Annual statistical returns and brief notes on vaccination in Bengal - 1896-1909
Year: 1896
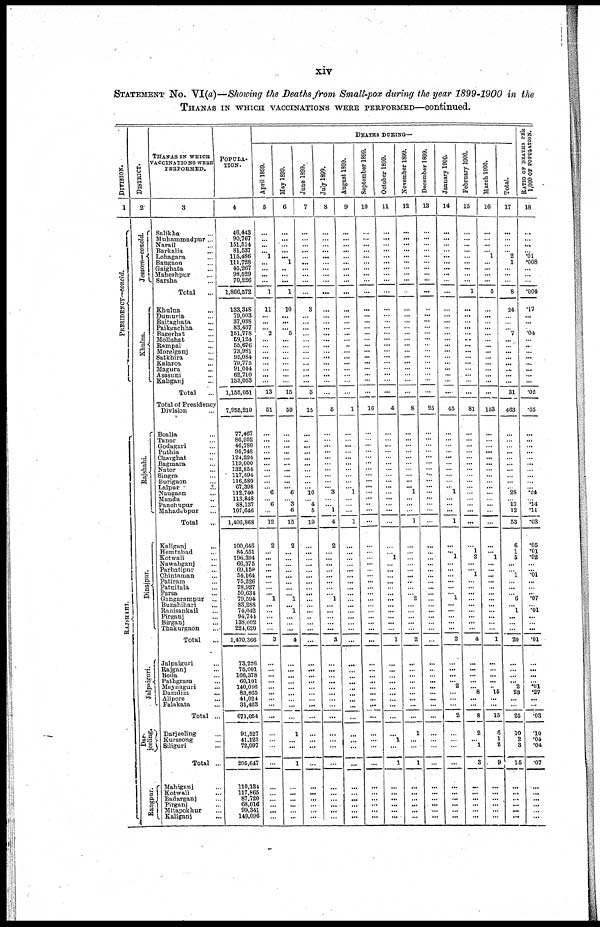
xiv
STATEMENT No. VI(a)—Showing the Deaths from Small-pox during the year 1899-1900 in the
THANAS IN WHICH VACCINATIONS WERE PERFORMED—continued.
DIVISION.
1
PRESIDENCY—concld.
RAJSHAHI.
DISTRICT.
2
Jeesore—concld.
Khulna.
Rajshahi.
Dinajpur.
Jalpaiguri.
Dar¬
jeeling.
Rangpur.
THANAS IN WHICH
VACCINATIONS WERE
PERFORMED.
3
Salikha ...
Muhammadpur...
Narail ...
Barkalia
...
Lohagara ...
Bangaon ...
Gaighata ...
Maheshpur ...
Sarsha ...
Total
...
Khulna ...
Dumuria ...
Baitaghata ...
Paikgachha ...
Bagerhat ...
Mollahat ...
Rampal ...
Morelganj ...
Satkhira ...
Kalaroa
...
Magura ...
Asasuni ...
Kaliganj ...
Total ...
Total of Presidency
Division ...
Boalia ...
Tanor ...
Godagari ...
Puthia ...
Charghat ...
Bagmara ...
Nator
...
Singra ...
Burigaon ...
Lalpur
...
Naugaon ...
Manda ...
Panchupur ...
Mahadebpur ...
Total ...
Kaliganj
...
Hemtabad ...
Kotwali ...
Nawabganj ...
Parbatipur ...
Chintaman ...
Patiram ...
Patnitala ...
Parsa ...
Gangarampur ...
Bunshihari ...
Ranisankail ...
Pirganj ...
Birganj ...
Thakurgaon ...
Total ...
Jalpaiguri ...
Rajganj ...
Boda ...
Pathgram ...
Maynaguri ...
Damdim ...
Alipore ...
Falakata ...
Total ...
Darjeeling ...
Kurseong ...
Siliguri ...
Total ...
Mahiganj ...
Kotwali ...
Badarganj ...
Pirganj ...
Mitapokhur ...
Kaliganj ...
POPULA-
TION.
4
46,443
90,767
151,514
81,537
115,486
111,728
45,267
98,529
70,226
1,866,572
133,348
79,003
37,038
83,437
151,778
59,124
55,676
73,981
95,084
79,775
91,044
62,710
153,053
1,155,051
7,955,219
77,467
86,952
46,780
95,748
124,224
119,000
132,854
117,494
116,580
67,398
112,740
113,848
88,137
107,646
1,406,868
100,646
84,551
196,394
66,375
69,159
54,164
75,226
78,927
50,634
79,594
83,288
74,042
94,744
138,002
224,620
1,470,366
73,226
75,001
166,378
60,101
140,036
83,865
41,024
31,423
671,054
91,527
41,123
72,997
205,647
110,134
117,865
87,720
68,016
99,341
149,096
DEATHS DURING—
April 1899.
5
...
...
...
... 1
...
...
...
...
1
11
...
...
...
2
...
...
...
...
...
...
...
...
13
51
...
...
...
...
...
...
...
...
...
... 6
... 6
...
12
2
...
...
...
...
...
...
...
... 1
...
...
...
...
...
3
...
...
...
...
...
...
...
...
...
...
...
...
...
...
...
...
...
...
...
May 1899.
6
...
...
...
...
... 1
...
...
...
1
10
...
...
... 5
...
...
...
...
...
...
...
...
15
59
...
...
...
...
...
...
...
...
...
... 6
...
3
6
15
2
...
...
...
...
...
...
...
...
1
...
1
...
...
...
4
...
...
...
...
...
...
...
...
...
1
...
...
1
...
...
...
...
...
...
June 1899.
7
...
...
...
...
...
...
...
...
...
...
3
...
...
...
...
...
...
...
...
...
...
...
...
3
15
...
...
...
...
...
...
...
...
...
... 10
...
4
5
19
...
...
...
...
...
...
...
...
...
...
...
...
...
...
...
...
...
...
...
...
...
...
...
...
...
...
...
...
...
...
...
...
...
...
...
July 1899.
8
...
...
...
...
...
...
...
...
...
...
...
...
...
...
...
...
...
...
...
...
...
...
...
...
5
...
...
...
...
...
...
...
...
...
... 3
...
... 1
4
2
...
...
...
...
...
...
...
...
1
...
...
...
...
...
3
...
...
...
...
...
...
...
...
...
...
...
...
...
...
...
...
...
...
...
August 1899.
9
...
...
...
... ...
...
...
...
...
...
...
...
...
...
...
...
...
...
...
...
...
...
...
...
1
...
...
...
...
...
...
...
...
...
... 1
...
...
...
1
...
...
...
...
...
...
...
...
...
...
...
...
...
...
...
...
...
...
...
...
...
...
...
...
...
...
...
...
...
...
...
...
...
...
...
September 1899.
10
...
...
...
...
...
...
...
...
...
...
...
...
...
...
...
...
...
...
...
...
...
...
...
...
16
...
...
...
...
...
...
...
...
...
...
...
...
...
...
...
...
...
...
...
...
...
...
...
...
...
...
...
...
...
...
...
...
...
...
...
...
...
...
...
...
...
...
...
...
...
...
...
...
...
...
October 1899.
11
...
...
...
...
...
...
...
...
...
...
...
...
...
...
...
...
...
...
...
...
...
...
...
...
4
...
...
...
...
...
...
...
...
...
...
...
...
...
...
...
...
...
1
...
...
...
...
...
...
...
...
...
...
...
...
1
...
...
...
...
...
...
...
...
...
...
1
...
1
...
...
...
...
...
...
November 1899.
12
...
...
...
...
...
...
...
...
...
...
...
...
...
...
...
...
...
...
...
...
...
...
...
...
8
...
...
...
...
...
...
...
...
...
... 1
...
...
...
1
...
...
...
...
...
... ...
...
...
2
...
...
...
...
...
2
...
...
...
...
...
...
...
...
...
1
...
...
1
...
...
... ...
...
...
December 1899.
13
...
...
...
...
...
...
...
...
...
...
...
...
...
...
...
...
...
...
...
...
...
...
...
...
25
...
...
...
...
...
...
...
...
...
...
...
...
...
...
...
...
...
...
...
...
...
...
...
...
...
...
...
...
...
...
...
...
...
...
...
...
...
...
...
...
...
...
...
...
...
...
...
...
...
...
January 1900.
14
...
...
...
...
...
...
...
...
...
...
...
...
...
...
...
...
...
...
...
...
...
...
...
...
45
...
...
...
...
...
...
...
...
...
.. 1
...
...
...
1
...
... 1
...
...
...
...
...
... 1
...
...
...
...
...
2
...
...
...
...
2
...
...
...
2
...
...
...
...
...
...
...
...
...
...
February 1900.
15
...
...
...
...
...
...
...
...
...
1
...
...
...
...
...
...
...
...
...
...
...
...
...
...
81
...
...
...
...
...
...
...
...
...
...
...
...
...
...
...
...
1
2
...
... 1
...
...
...
...
...
...
...
...
...
4
...
...
...
...
... 8
...
...
8
2
... 1
3
...
...
...
...
...
...
March 1900.
16
...
...
...
... 1
...
...
...
...
5
...
...
...
...
...
...
...
...
...
...
... ...
...
...
153
...
...
...
...
...
...
...
...
...
...
...
...
...
...
...
...
... 1
...
...
...
...
...
...
...
...
...
...
...
...
1
...
...
...
...
...
15
...
...
15
6
1
2
9
...
...
...
...
...
...
Total.
17
...
...
...
...
2
1
...
...
...
8
24
...
...
...
7
...
...
...
...
...
...
...
...
31
463
...
...
...
...
...
... ...
...
...
...
28
...
13
12
53
6
1
5
...
...
1
...
...
...
6
...
1
...
...
...
20
...
...
...
... 2
23
...
...
25
10
2
3
15
...
...
...
...
...
...
RATIO OF DEATHS PER
1,000 OF POPULATION.
18
...
...
...
...
.01
.008
...
...
...
.004
.17
...
...
...
.04
...
...
...
...
...
...
...
...
.02
.05
...
... ...
...
...
...
...
...
...
... .24
...
.14
.11
.03
.05
.01
.02
...
... .01
...
...
... .07
...
.01
...
...
...
.01
...
...
...
... .01
.27
...
...
.03
.10
.04
.04
.07
...
...
...
...
...
...